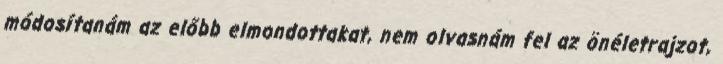
módosítanám az előbb elmondottakat, nem olvasnám fel az önéletrajzot,